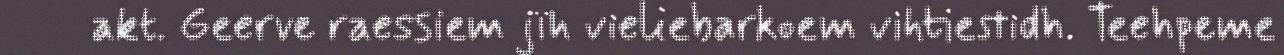
akt. Geerve raessiem jïh vieliebarkoem vihtiestidh. Teehpeme